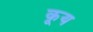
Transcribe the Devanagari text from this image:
कूय